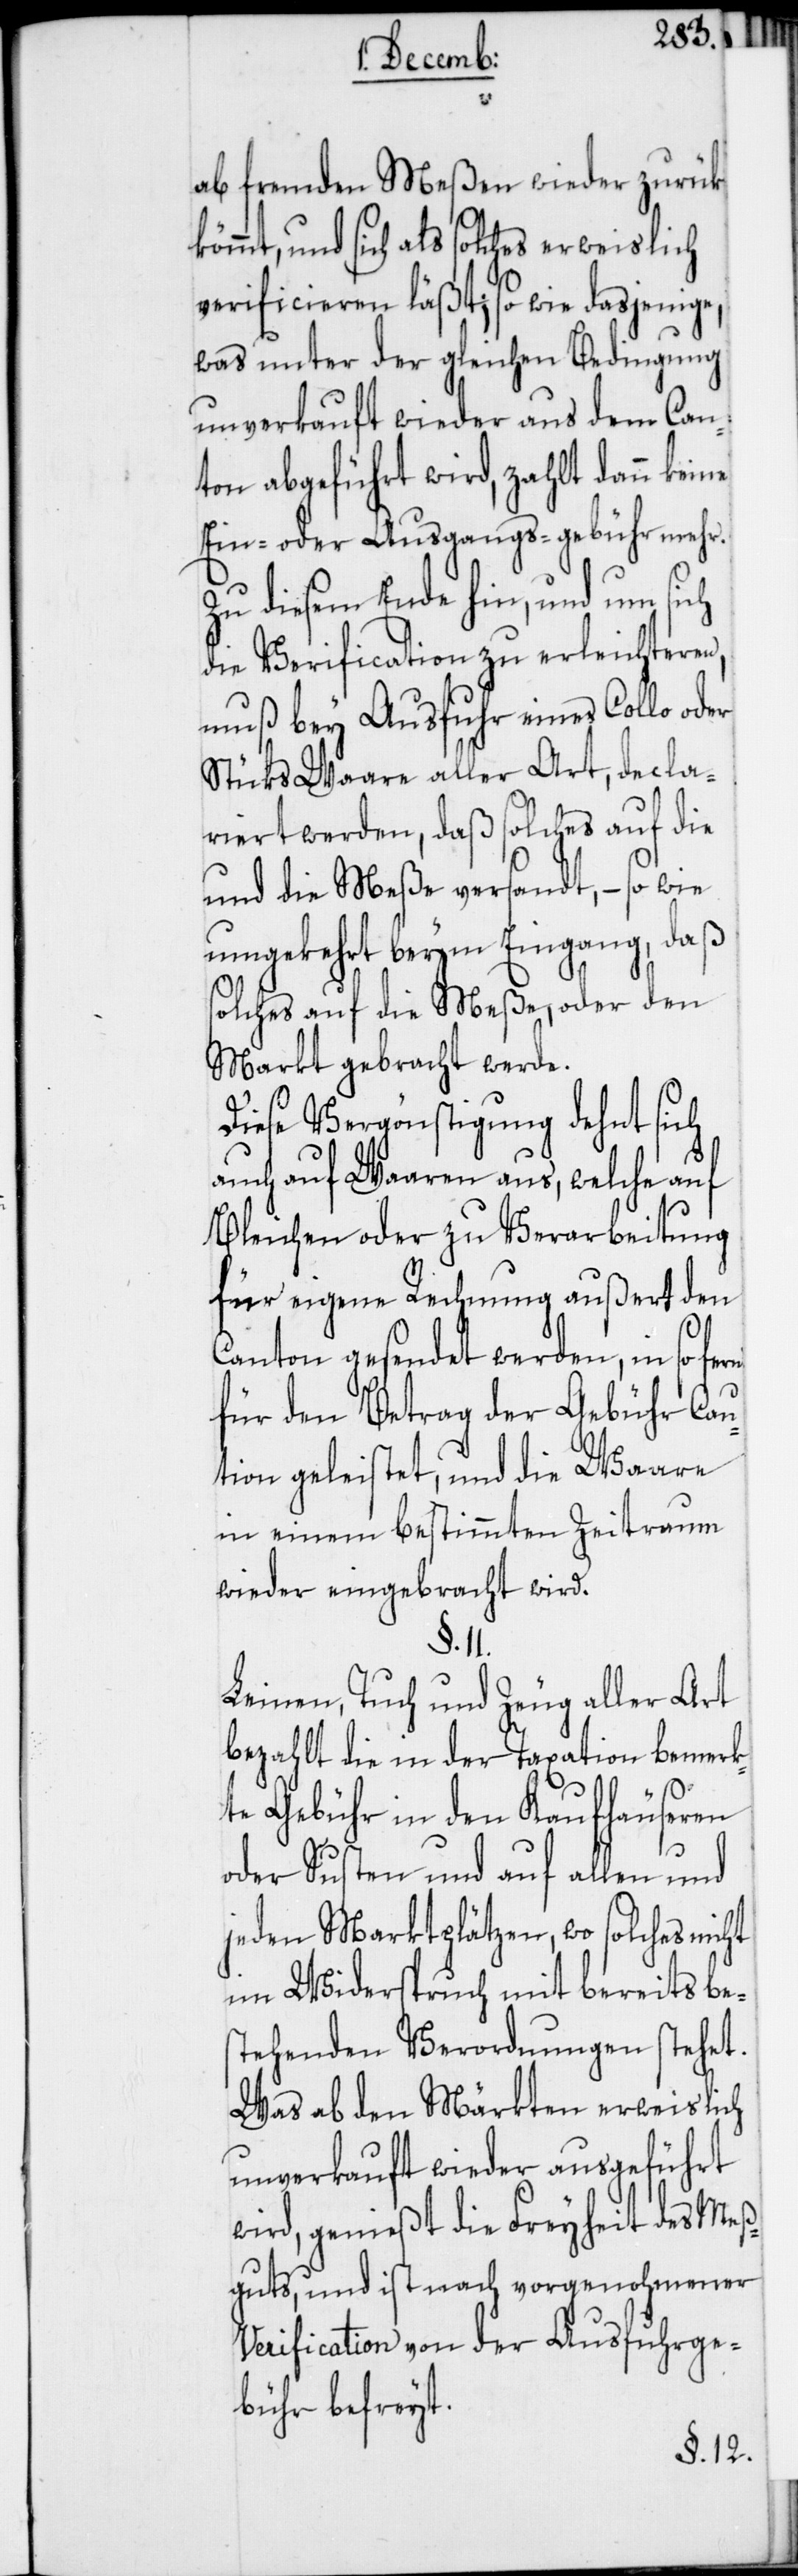
ab fremden Meßen wieder zurük
kömmt, und sich als solches erweislich
verificieren läßt; so wie dasjenige,
was unter der gleichen Bedingung
unverkauft wieder aus dem Can¬
ton abgeführt wird, zahlt dann keine
Ein- oder Ausgangs-gebühr mehr.
Zu diesem Ende hin, und um sich
die Verification zu erleichteren,
muß bey Ausfuhr eines Collo oder
Stücks Waare aller Art, decla¬
riert werden, daß solches auf die
und die Meße versandt, – so wie
umgekehrt beym Eingang, daß
solches auf die Meße, oder den
Markt gebracht werde.
Diese Vergönstigung dehnt sich,
auch auf Waaren aus, welche auf
Bleichen oder zu Verarbeitung
für eigene Rechnung außert den
Canton gesendet werden, in so fern
für den Betrag der Gebühr Cau¬
tion geleistet, und die Waare
in einem bestimmten Zeitraum
wieder eingebracht wird.
Leinen, Tuch und Zeug aller Art
bezahlt die in der Taxation bemerk¬
te Gebühr in den Kaufhäuseren
oder Susten und auf allen und
jeden Marktplätzen, wo solches nicht
im Widerspruch mit bereits bes¬
tehenden Verordnungen stehet.
Was ab den Märkten erweislich
unverkauft wieder ausgeführt
wird, genießt die Freyheit des Meß¬
guts, und ist nach vorgenohmener
Verification von der Ausfuhrge¬
bühr befreyt.
§. 11.